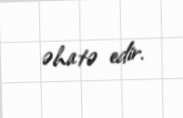
əhatə edir.